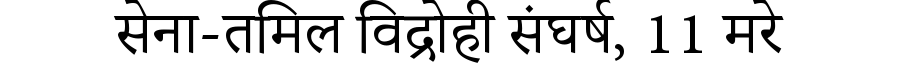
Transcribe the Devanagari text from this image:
सेना-तमिल विद्रोही संघर्ष, 11 मरे